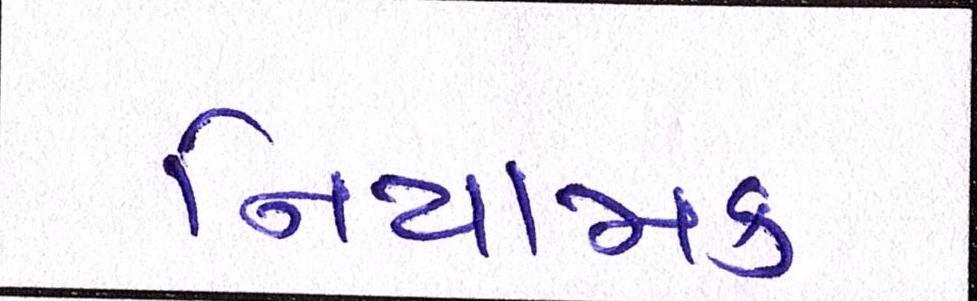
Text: નિયામક